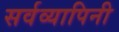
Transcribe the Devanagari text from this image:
सर्वव्यापिनी